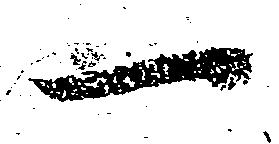
一